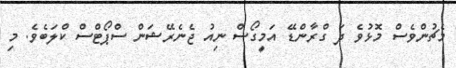
މެޗުންވެސް މޮޅުވެ ދަ ގްރާންޑޭ އަމީގޯސް ނިއު ޖެނެރޭޝަން ސްޕޯޓްސް ކްލަބެވެ. މި